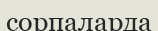
сорпаларда